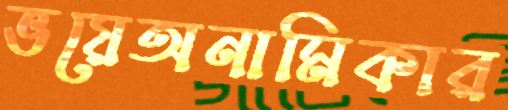
ভয়েঅনামিকার